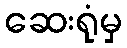
ဆေးရုံမှ